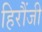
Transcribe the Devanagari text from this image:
हिरौंजी